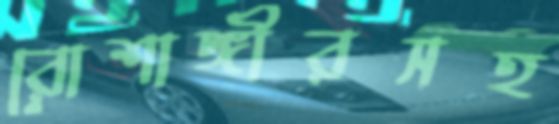
রোশাঙ্গীরসহ